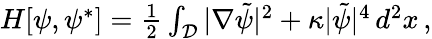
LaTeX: \begin{array}{r}{H[\psi,\psi^{*}]=\frac 12\int_{\mathcal{D}}|\nabla\tilde{\psi}|^{2}+\kappa|\tilde{\psi}|^{4}\, d^{2}x\, ,}\end{array}